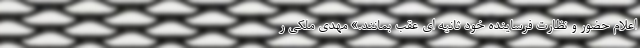
اعلام حضور و نظارت فرساینده خود ثانیه ای عقب بمانند.» مهدی ملکی ر